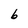
Character: b